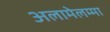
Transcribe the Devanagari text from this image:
अलामेलम्मा